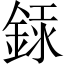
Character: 銾